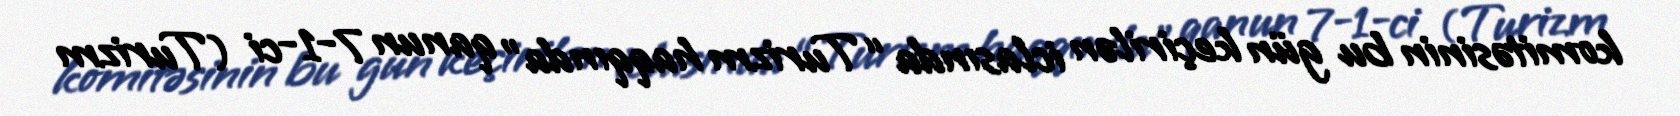
komitəsinin bu gün keçirilən iclasında “Turizm haqqında” qanun 7-1-ci (Turizm